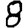
Digit: 8